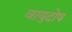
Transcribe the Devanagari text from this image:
वायुदोष